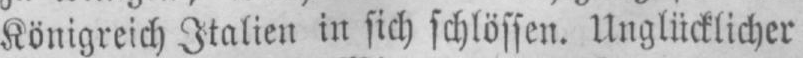
Königreich Italien in sich schlössen. Unglücklicher